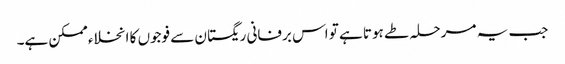
جب یہ مرحلہ طے ہوتا ہے تو اس برفانی ریگستان سے فوجوں کا انخلاء ممکن ہے۔